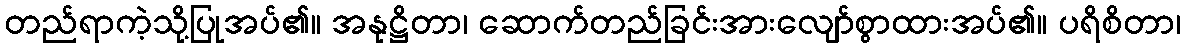
တည်ရာကဲ့သို့ပြုအပ်၏။ အနုဋ္ဌိတာ၊ ဆောက်တည်ခြင်းအားလျော်စွာထားအပ်၏။ ပရိစိတာ၊